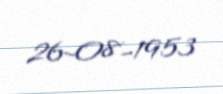
26-08-1953